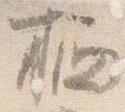
栖